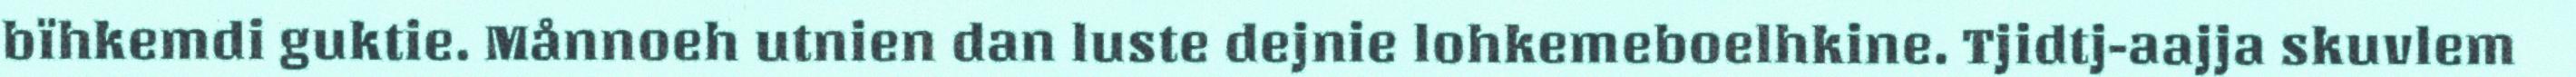
bïhkemdi guktie. Månnoeh utnien dan luste dejnie lohkemeboelhkine. Tjidtj-aajja skuvlem